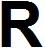
R